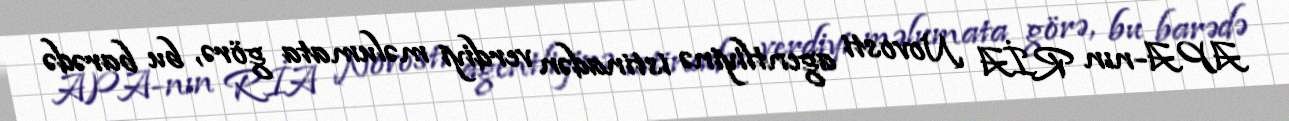
APA-nın RİA Novosti agentliyinə istinadən verdiyi məlumata görə, bu barədə